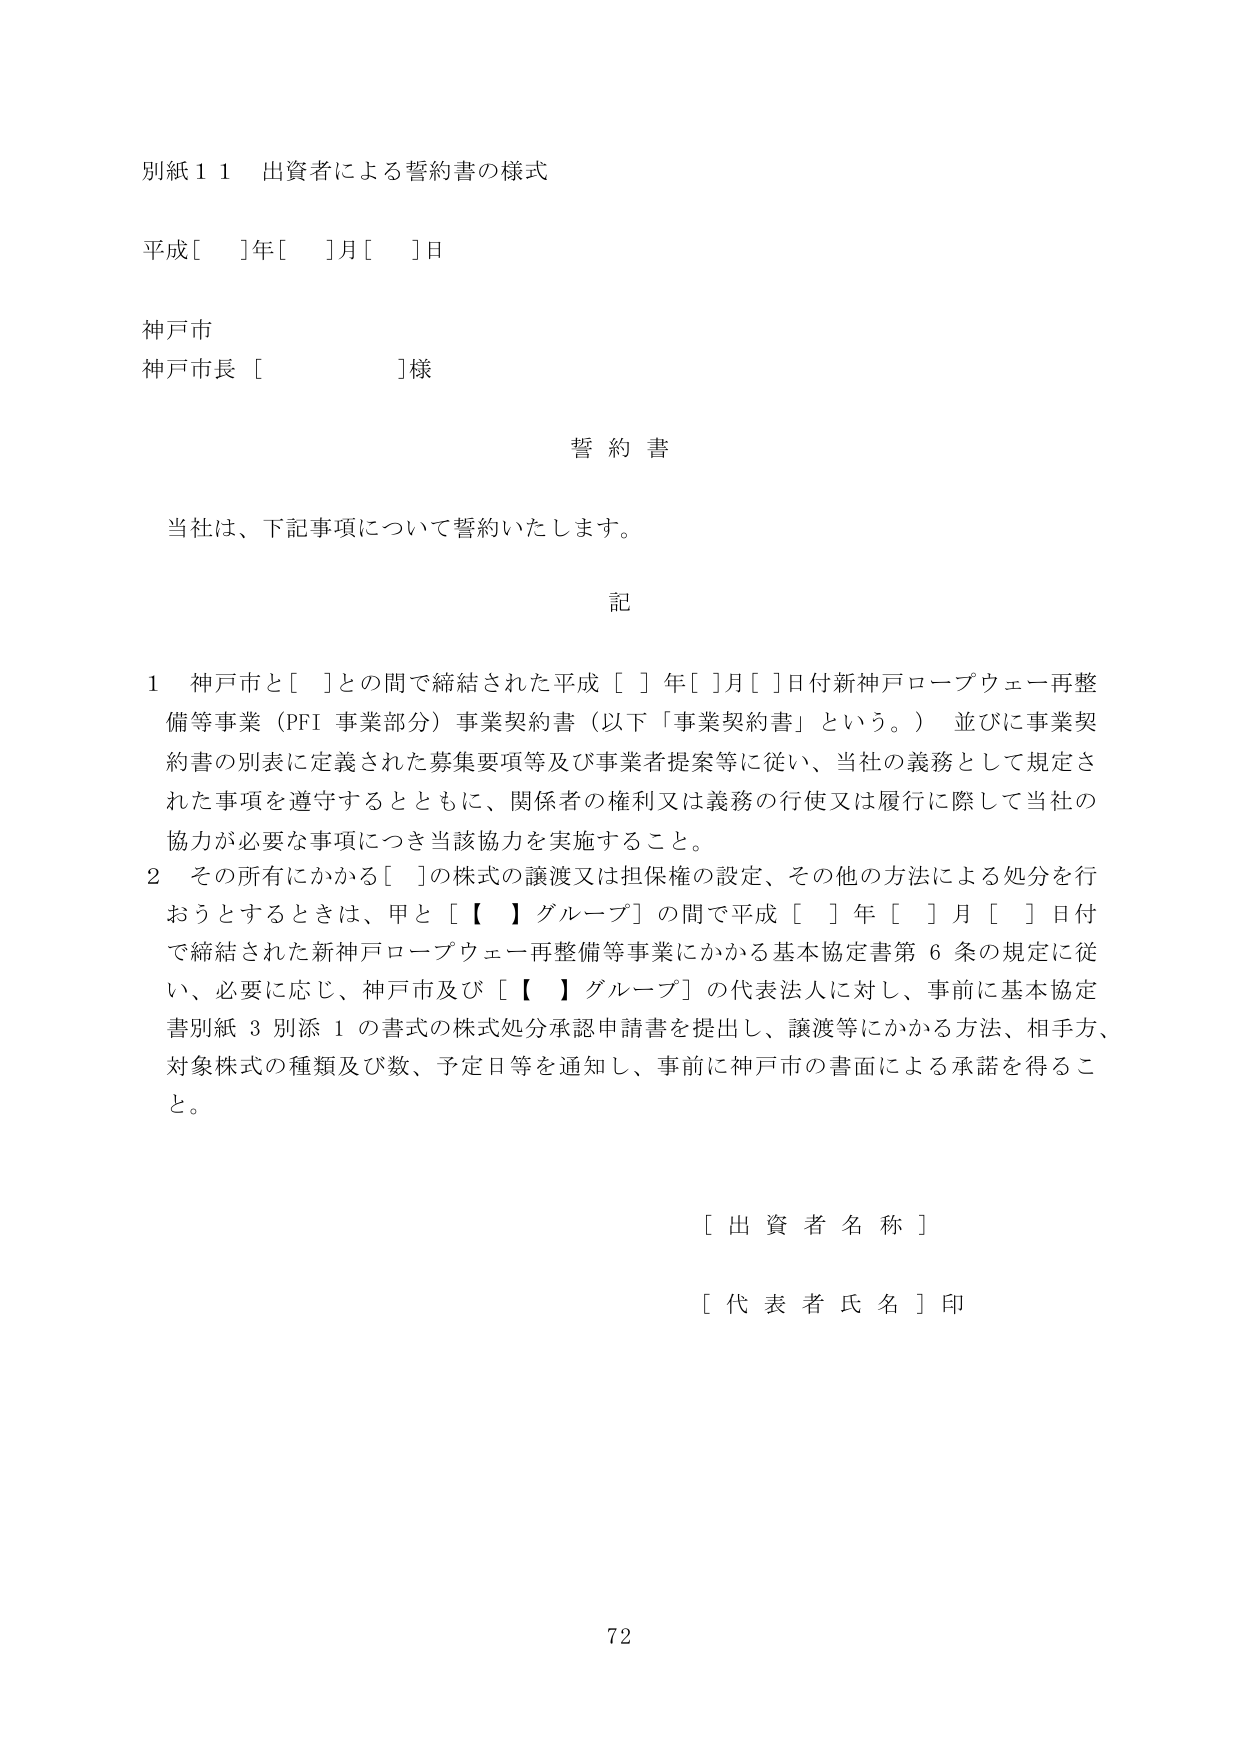
別紙１１ 出資者による誓約書の様式

平成[　]年[　]月[　]日

神戸市
神戸市長［　　　　　］様

誓約書

当社は、下記事項について誓約いたします。

記

１ 神戸市と［　］との間で締結された平成［　］年［　］月［　］日付新神戸ロープウェー再整備等事業（PFI 事業部分）事業契約書（以下「事業契約書」という。）並びに事業契約書の別表に定義された募集要項等及び事業者提案等に従い、当社の義務として規定された事項を遵守するとともに、関係者の権利又は義務の行使又は履行に際して当社の協力が必要な事項につき当該協力を実施すること。

２ その所有にかかる［　］の株式の譲渡又は担保権の設定、その他の方法による処分を行おうとするときは、甲と［【　】グループ］の間で平成［　］年［　］月［　］日付で締結された新神戸ロープウェー再整備等事業にかかる基本協定書第６条の規定に従い、必要に応じ、神戸市及び［【　】グループ］の代表法人に対し、事前に基本協定書別紙３別添１の書式の株式処分承認申請書を提出し、譲渡等にかかる方法、相手方、対象株式の種類及び数、予定日等を通知し、事前に神戸市の書面による承諾を得ること。

［出資者名称］

［代表者氏名］印

72